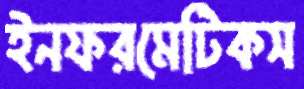
ইনফরমেটিকস